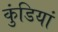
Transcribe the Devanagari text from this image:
कुंडियां